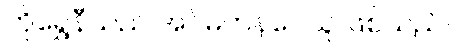
ကိုရွှေနီသည် အင်မတန်ပေသူ ဖြစ်သည်။